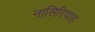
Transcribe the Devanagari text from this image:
नासिरियाह